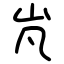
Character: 㞩